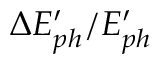
\Delta E _ { p h } ^ { \prime } / E _ { p h } ^ { \prime }